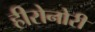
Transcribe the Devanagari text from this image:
हीरोनोरी